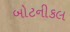
બોટનીકલ